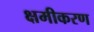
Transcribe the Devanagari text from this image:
क्षमीकरण